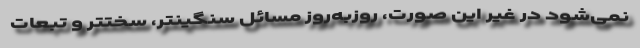
نمی‌شود در غیر این صورت، روز‌به‌روز مسائل سنگینتر، سختتر و تبعات